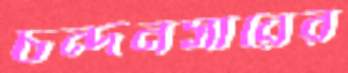
চন্দনসারের